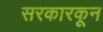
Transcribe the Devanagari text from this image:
सरकारकून